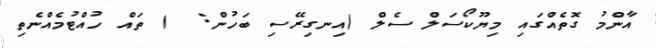
އާންމު ގޮތެއްގައި މިޔޫކޯސަލް ސެލް (އިނގިރޭސި ބަހުން:  ) ތައް ހުއްޓުމެއްނެތި